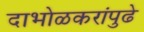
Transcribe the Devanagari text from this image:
दाभोळकरांपुढे